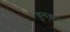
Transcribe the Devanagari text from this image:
बुलडाना